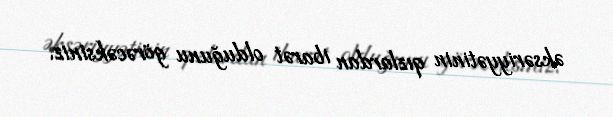
əksəriyyətinin qızlardan ibarət olduğunu görəcəksiniz.